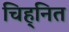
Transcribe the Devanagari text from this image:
चिह्‌नित